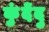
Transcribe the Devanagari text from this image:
कुंदेंदु